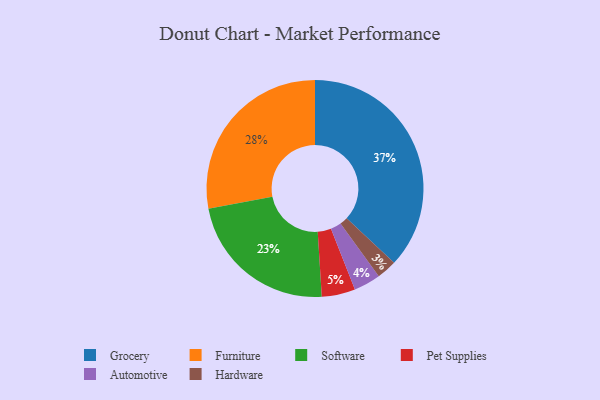
{"axis": {"x": "Category", "y": "Percentage"}, "legend": ["Automotive", "Furniture", "Grocery", "Hardware", "Pet Supplies", "Software"], "data": [{"x": "Furniture", "y": 28, "type": "Furniture"}, {"x": "Pet Supplies", "y": 5, "type": "Pet Supplies"}, {"x": "Grocery", "y": 37, "type": "Grocery"}, {"x": "Hardware", "y": 3, "type": "Hardware"}, {"x": "Automotive", "y": 4, "type": "Automotive"}, {"x": "Software", "y": 23, "type": "Software"}]}